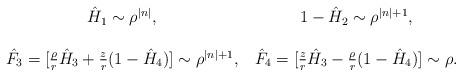
LaTeX: \begin{align*}\begin{tabular}{cc}$\hat{H}_1\sim \rho^{|n|}$, & $1-\hat{H}_2\sim \rho^{|n|+1}$, \\ & \\$\hat{F}_3=[\frac{\rho}{r} \hat{H}_3 + \frac{z}{r}(1-\hat{H}_4)]\sim \rho^{|n|+1}$,&$\hat{F}_4=[\frac{z}{r} \hat{H}_3 -\frac{\rho}{r}(1-\hat{H}_4)]\sim \rho$.\\\end{tabular}\end{align*}